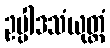
ဥပ္ပါဒသံယုတ္တံ